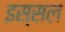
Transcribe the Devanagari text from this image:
इस्सल